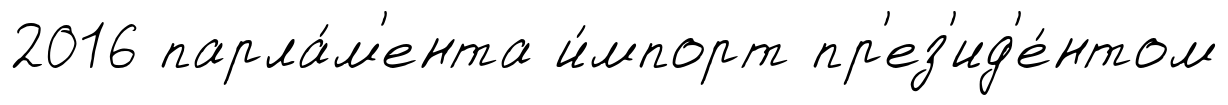
2016 парла́м'ента и́мпорт пр'ез'ид'е́нтом